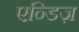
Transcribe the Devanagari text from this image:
एन्डिज़